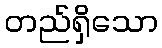
တည်ရှိသော